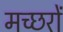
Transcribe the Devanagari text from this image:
मच्‍छरों